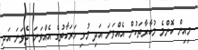
މިއިން ކޮންމެ މުބާރާތަކުން އެއްވަނަ އަދި މުޅި ހަރަކާތުގެ އެއްވަނަ ދެވަނަ އަދި